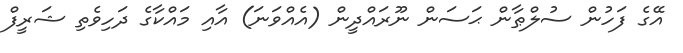
އޭގެ ފަހުން ސުލްޠާން ޙަސަން ނޫރައްދީން (އެއްވަނަ) އާއި މައްކާގެ ދަހިވެތި ޝަރީފް